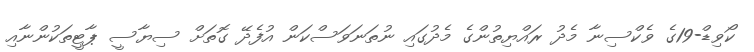
ކޯވިޑް-19ގެ ވެކްސިނާ މެދު ރައްޔިތުންގެ މެދުގައި ނުތަނަވަސްކަން އުފެދޭ ގޮތަށް ސިޔާސީ ޕާޓީތަކުންނާއި